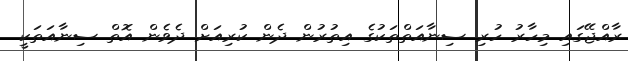
ރާއްޖޭގައި މިހާރު ހުރި ސިނާއަތްތަކުގެ އިތުރުން ދެން ކުރިއަށް ދެވެން އޮތް ސިނާއަތަކީ